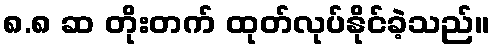
၈.၈ ဆ တိုးတက် ထုတ်လုပ်နိုင်ခဲ့သည်။